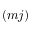
( m j )